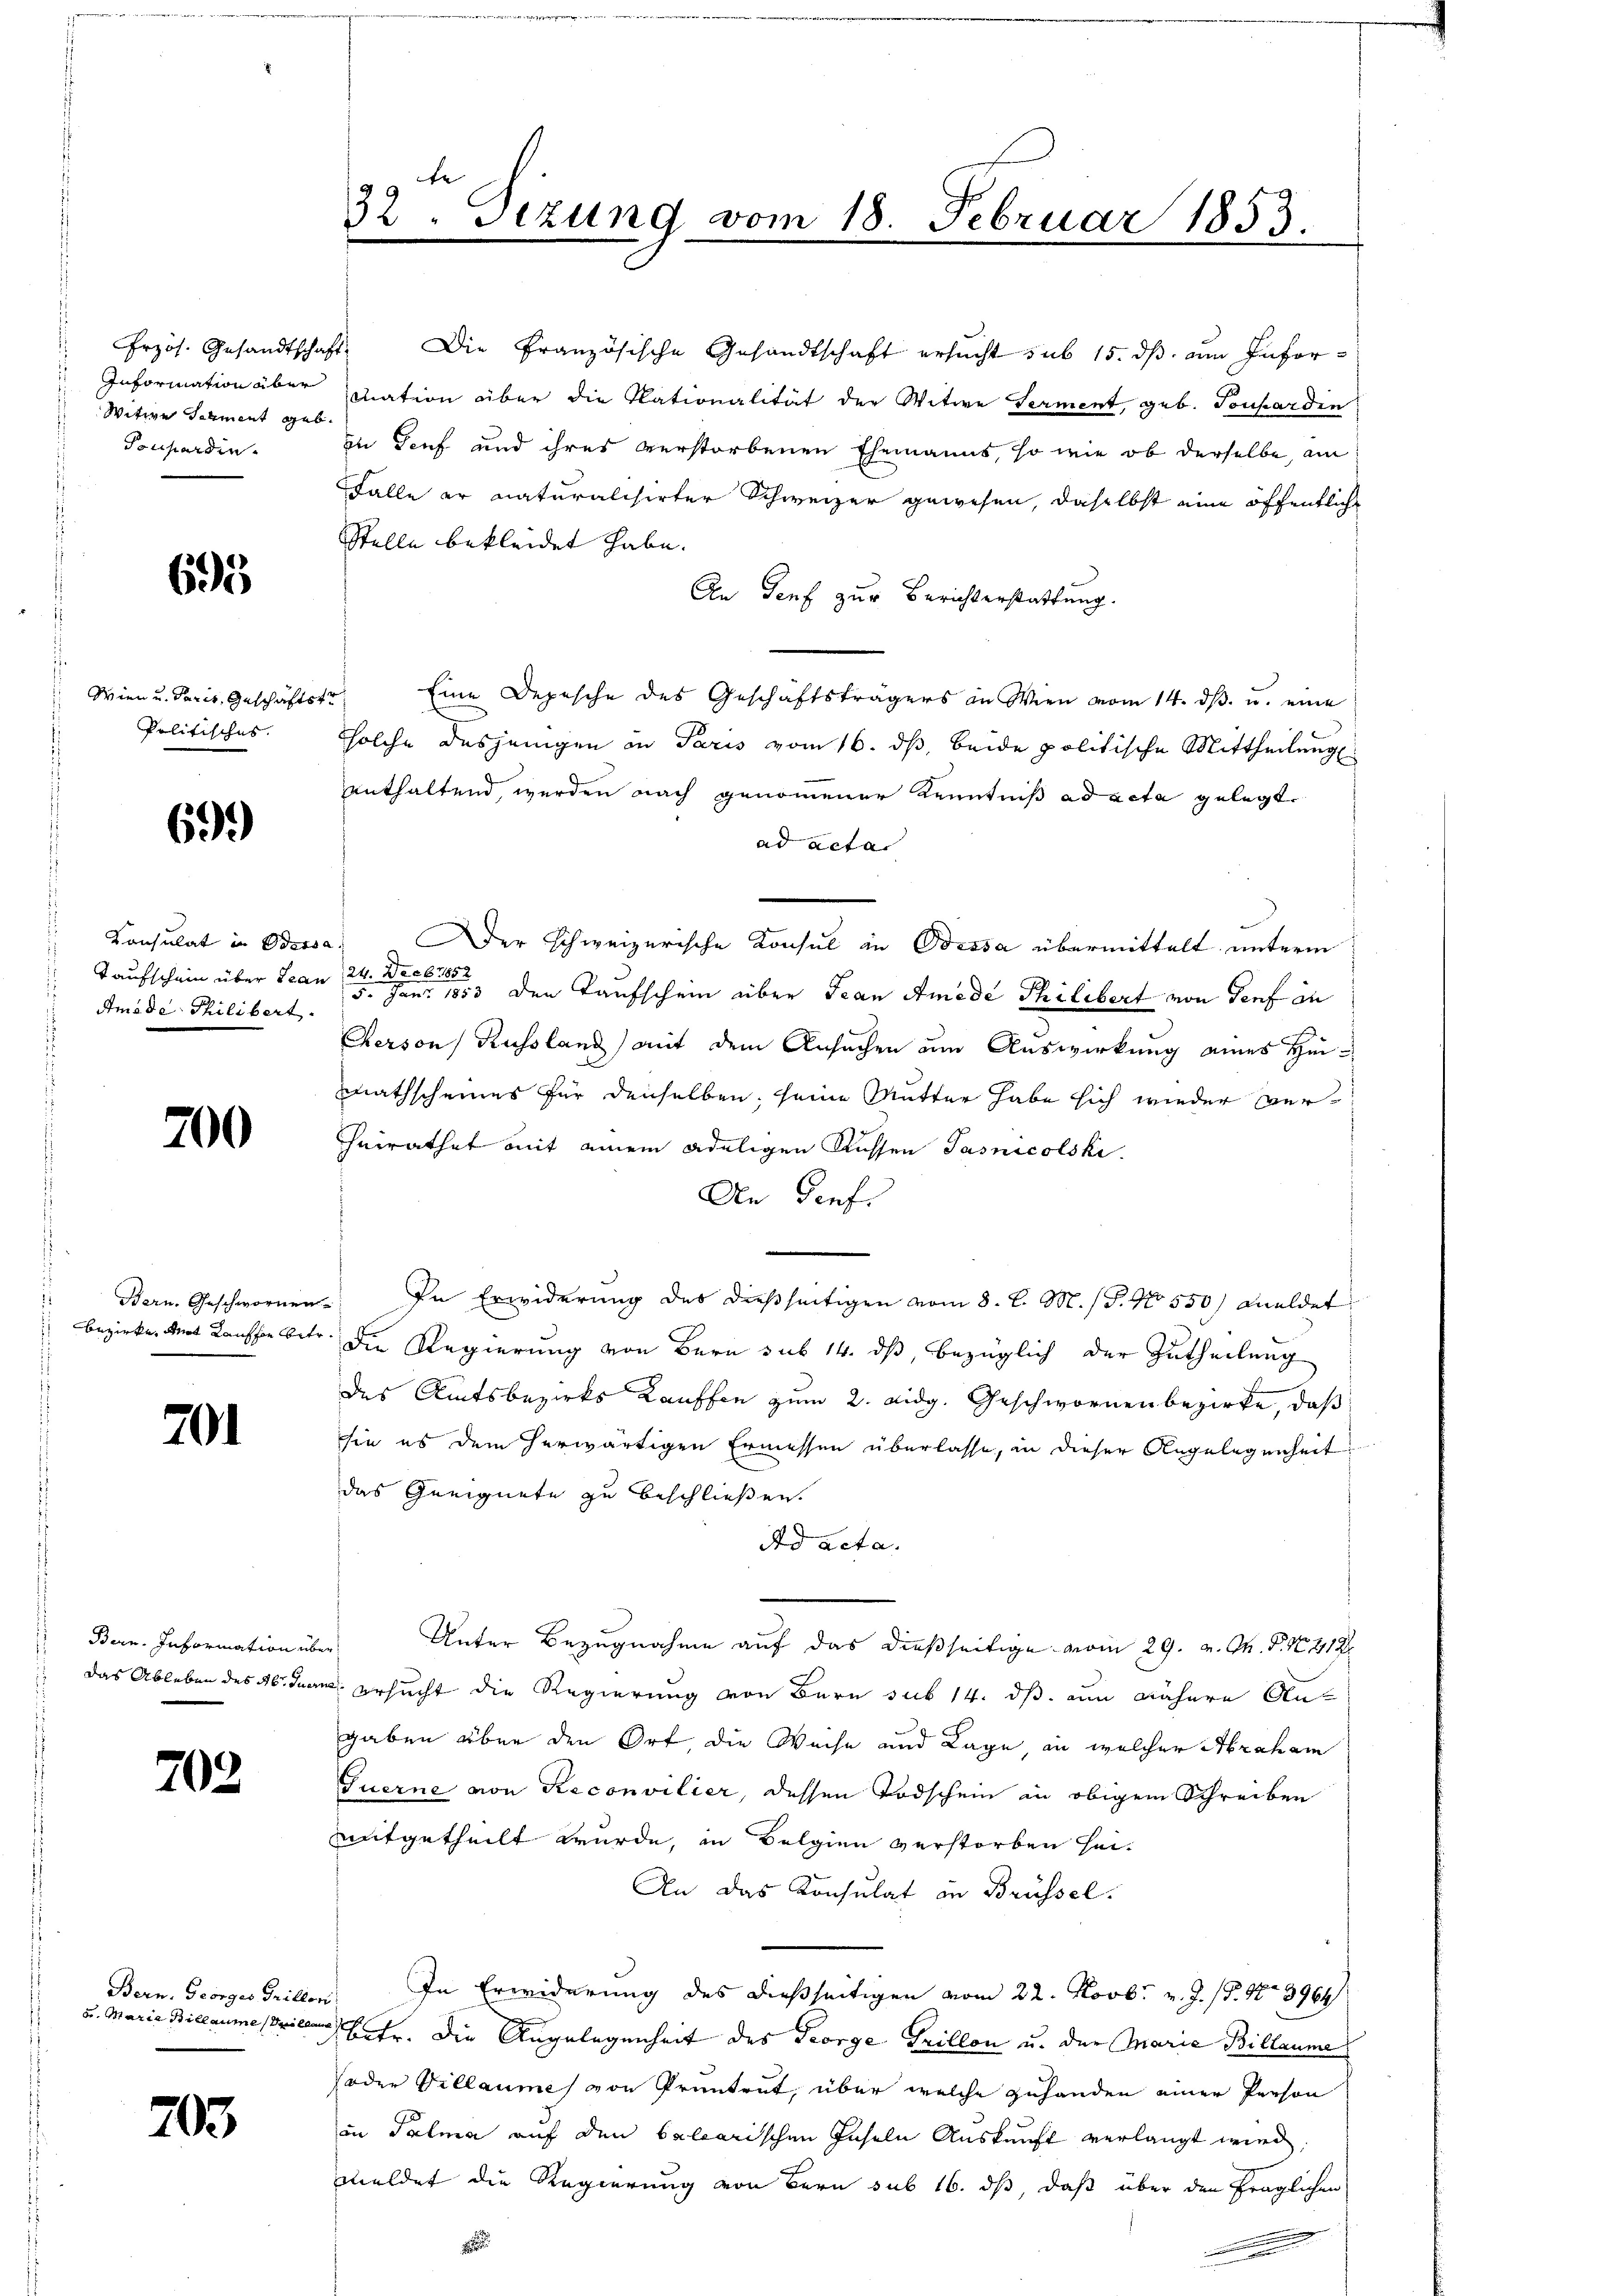
Witwe Schment geb.
Ponhardin

695

Politisches.

699)

Consulat in Odessa
Amide Philibert.

200

Bern, Geschwornen

201

Bern. Information un
Das Ableben des Abt. Jun

703.

Bern, Georges Griller.
u. Marie Billaumes Willen

705

frzös. Gesandtschaft. Die Französische Gesandtschaft ersucht sub 15. dβ am Infor¬
Information über mation über die Nationalität der Witwe Verment, geb. Tonhardin
in Genf und ihres verstorbenen Ehemanns, so wie ob derselbe, am
Falle er naturalisirter Schweizer gewesen, daselbst eine öffentliche
Stelle bekleidet habe.
An Senf zur Berichterstattung.
Wien u. Paris, Geschäftstr. Eine Depesche des Geschäftsträgers an Wien vom 14. dβ. u. eine
solche desjenigen in Paris vom 16. ds, beide politische Mittheilung
enthaltend, werden nach genommener Kenntniß ad acta gelegt.
ad acta
Der Schweizerische Konsul in Bessa übermittelt unterm
6785
De
Taufschein über Jean   den Taufschein über Jean Amede Philibert von Genf in
Cherson, Russland) mit dem Ansuchen um Auswirkung eines Heimathscheines für denselben; seine Mutter habe sich wieder verheirathet mit einem adeligen Russen Pasnicolski
An Genf.
In Erwiderung des dießseitigen vom 8. d. M. (T. No 550) Meldet
bezirke, der Kanton betr. die Regierung von Bern sub 14. ds, bezüglich der Zutheilung
des Amtsbezirks Kauffen zum 2. Aidg. Geschwornenbezirke, daß
sie es dem herwärtigen Ermessen überlasse, in dieser Angelegenheit
das Geeignete zu beschließen.
Ad acta.
be Unter Bezugnahme auf das dießseitige vom 29. v. M. P. Nr. 412
au ersucht die Regierung von Bern sub 14. ds. am nähere Aus
gaben über den Ort, die Weise und Lage, an welcher Abraham
Tuerne von Reconvilier, dessen Todschein in obigem Schreiben
mitgetheilt wurde, in Belgien verstorben hei¬
An das Konsulat in Brüssel.
In Erwiderung des dießseitigen vom 22. Novbr. v. J. (T. 408964
betr. die Angelegenheit des George Grillon u. der Marie Billaume
Joder Villaume von Pruntrut, über welche zuhanden einer Person
in Palma auf den balarischen Inseln Auskunft verlangt wird.
meldet die Regierung von Bern sub 16. dß, daß über den fraglichen

e
32. Sezung vom 18. Februar 1853.

.